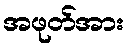
အဖုတ်အား